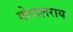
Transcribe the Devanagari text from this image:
गोपालराय